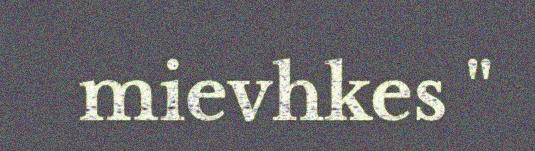
mievhkes "